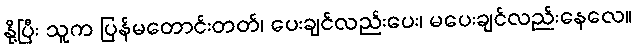
နို့ပြီး သူက ပြန်မတောင်းတတ်၊ ပေးချင်လည်းပေး၊ မပေးချင်လည်းနေလေ။